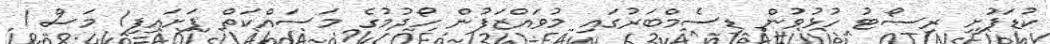
ކުޑަފުށި ރިސޯޓު ހުޅުވުން ޑިސެމްބަރުގައި މުވައްޒަފުން ހޯދުމުގެ މަސައްކަތް ފަށައިފި1 މަސް 1